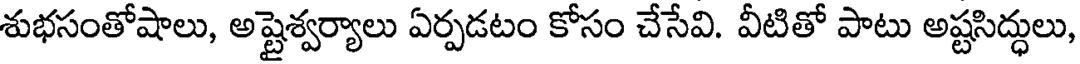
శుభసంతోషాలు, అష్టైశ్వర్యాలు ఏర్పడటం కోసం చేసేవి. వీటితో పాటు అష్టసిద్ధులు,